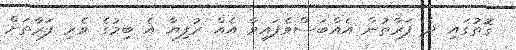
ގޮތުގައި ދެ ފަރާތުން އެއްބަސްވެފައިވާ އެއް ރުފިޔާ އެ ބިމުގެ ވެރި ފަރާތަށް